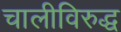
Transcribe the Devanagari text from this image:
चालीविरुद्ध